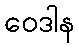
ဝေဒါန